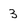
Character: 3